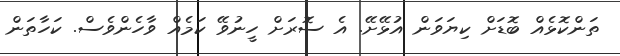
ތަންކޮޅެއް ބޮޑަށް ކިޔަވަން އުޅޭށޭ. އެ ސޮރަށް ހީނުވޭ ކަމެއް ވާހެންވެސް. ކަހާތަން